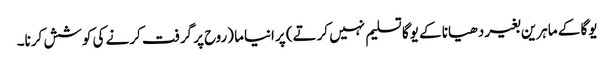
یوگا کے ماہرین بغیر دھیانا کے یوگا تسلیم نہیں کرتے) پرانیاما (روح پر گرفت کرنے کی کوشش کرنا۔